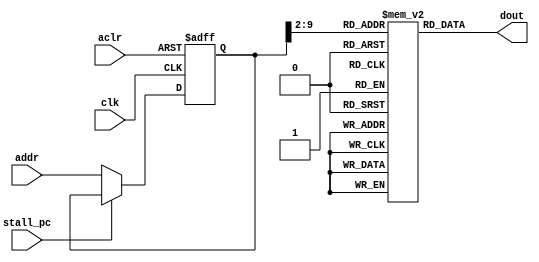
module rom(
        input   wire            clk,
        input   wire            aclr,
        output  wire    [31:0]  dout,
        input   wire    [10:0]  addr,
        input   wire            stall_pc
    );

    // signal datapath changed : input before PC_Register
    // use 256 words rom
    `ifndef __IP_SPROM__
        reg [31:0] rom_block [255:0];
        
        // input register
        reg [10:0] q_addr=11'h0;
        always@(posedge clk or posedge aclr)
        begin
            if(aclr)
                q_addr <= 11'h0;
            else
            begin
                if(!stall_pc)
                begin
                    q_addr <= addr;
                end
            end
        end
        
        // ROM Block
        reg [31:0] q_dout=32'b0;
        always@(*)
        begin
            q_dout= rom_block[q_addr[9:2]];
        end
        assign dout = q_dout;
    `else
        // use ip_sprom
        ip_sprom u_ip_sprom (
            .aclr       ( aclr      ),
            .address    ( addr[9:2] ),
            .addressstall_a ( stall_pc ),
            .clock      ( clk       ),
            .q          ( dout      )
        );
    `endif
    
endmodule